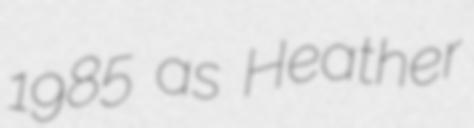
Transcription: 1985 as Heather